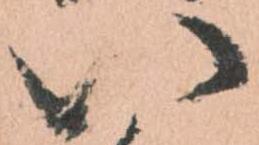
八